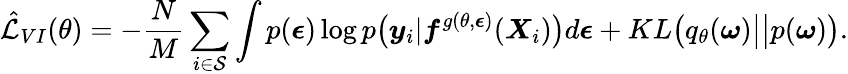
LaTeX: \hat{\mathcal{L}}_{VI}(\theta)=-\frac{N}{M}\sum_{i\in\mathcal{S}}\int p(\boldsymbol{\epsilon})\log p\big(\boldsymbol{y}_{i}|\boldsymbol{f}^{g(\theta,\boldsymbol{\epsilon})}(\boldsymbol{X}_{i})\big)d\boldsymbol{\epsilon}+KL\big(q_{\theta}(\boldsymbol{\omega})\big|\big|p(\boldsymbol{\omega})\big).